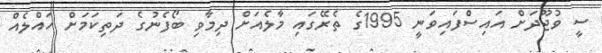
ސީ ވުޖޫދަށް އައިސްފައިވަނީ 1995ގެ ތެރޭގައި މާލެއަށް ދިމާވި ބޯފެނުގެ ދަތިކަމަށް ހައްލެއް